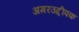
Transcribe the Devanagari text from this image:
अमरउद्दीपक